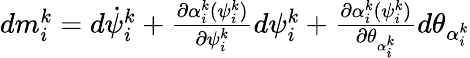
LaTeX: \begin{array}{r}{dm_{i}^{k}=d\dot{\psi}_{i}^{k}+\frac{\partial\alpha_{i}^{k}(\psi_{i}^{k})}{\partial\psi_{i}^{k}}d\psi_{i}^{k}+\frac{\partial\alpha_{i}^{k}(\psi_{i}^{k})}{\partial\theta_{\alpha_{i}^{k}}}d\theta_{\alpha_{i}^{k}}}\end{array}